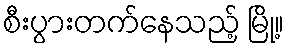
စီးပွားတက်နေသည့် မြို့။